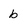
Character: b